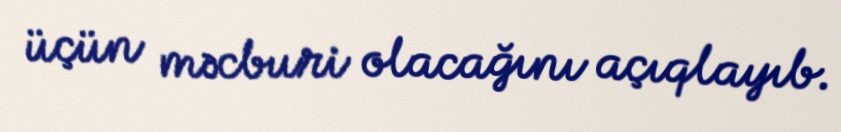
üçün məcburi olacağını açıqlayıb.